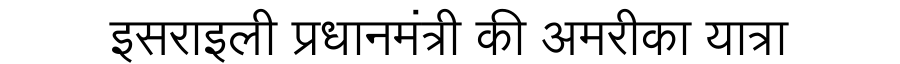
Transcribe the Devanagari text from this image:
इसराइली प्रधानमंत्री की अमरीका यात्रा